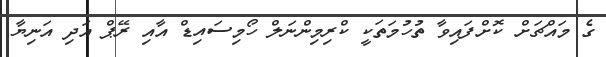
ގެ މައްޗަށް ކޮށްފައިވާ ތުހުމަތަކީ ކްރިމިންނަލް ހޯމިސައިޑް އާއި ރޭޕް އަދި އަނިޔާ